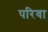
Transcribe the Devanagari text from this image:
परिवा